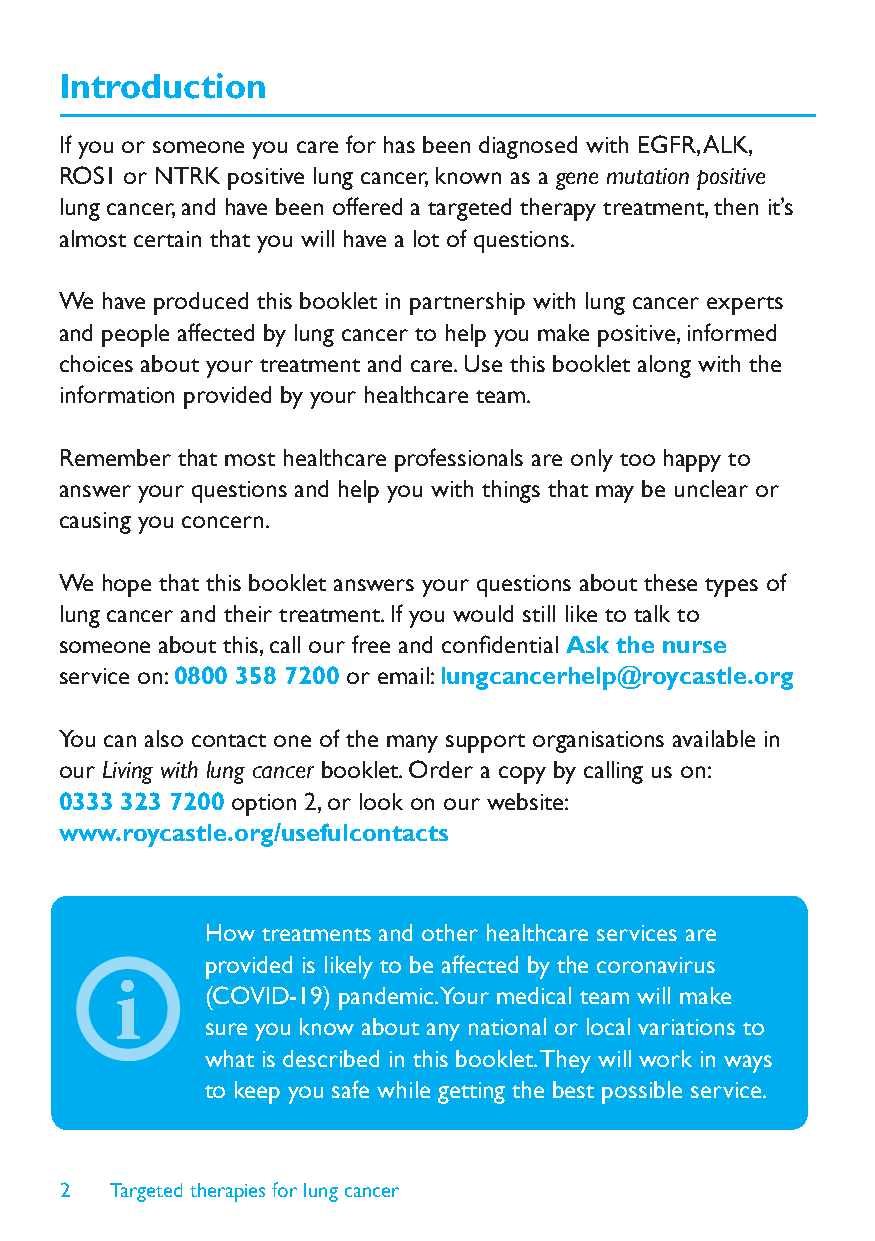
Introduction
 If you or someone you care for has been diagnosed with EGFR, ALK,
 ROS1 or NTRK positive lung cancer, known as a gene mutation positive
 lung cancer, and have been offered a targeted therapy treatment, then it’s
 almost certain that you will have a lot of questions.
 We have produced this booklet in partnership with lung cancer experts
 and people affected by lung cancer to help you make positive, informed
 choices about your treatment and care. Use this booklet along with the
 information provided by your healthcare team.
 Remember that most healthcare professionals are only too happy to
 answer your questions and help you with things that may be unclear or
 causing you concern.
 We hope that this booklet answers your questions about these types of
 lung cancer and their treatment. If you would still like to talk to
 someone about this, call our free and confi dential Ask the nurse
 service on: 0800 358 7200 or email: lungcancerhelp@roycastle.org
 You can also contact one of the many support organisations available in
 our Living with lung cancer booklet. Order a copy by calling us on:
 0333 323 7200 option 2, or look on our website:
 www.roycastle.org/usefulcontacts
 How treatments and other healthcare services are
 provided is likely to be affected by the coronavirus
 i     (COVID-19) pandemic. Your medical team will make
 sure you know about any national or local variations to
 what is described in this booklet. They will work in ways
 to keep you safe while getting the best possible service.
 2  Targeted therapies for lung cancer